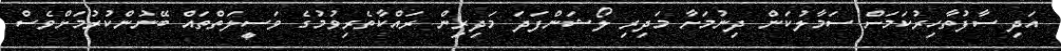
އަދި ސާފުތާހިރުކަމަށް ސަމާލުކަން ދިނުމަށާ މަދިރި ލޯޝަންފަދަ މަދިރިން ރައްކާތެރިވުމުގެ ވަސީލަތްތައް ބޭނުންކުރުމަށްވެސް